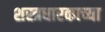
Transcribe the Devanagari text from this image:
शस्त्रधारकाच्या